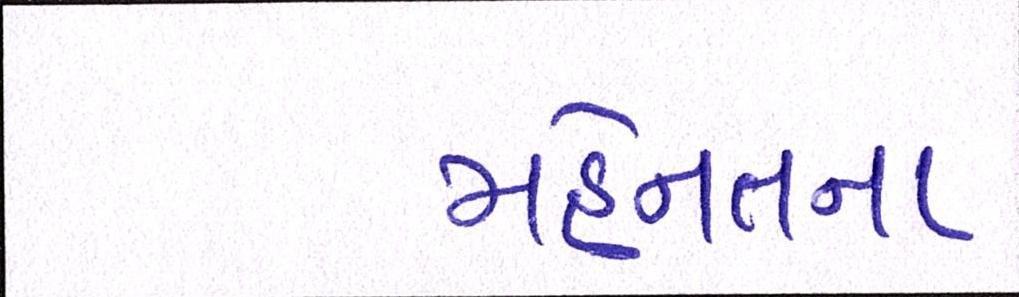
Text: મહેનતના